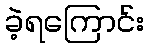
ခဲ့ရကြောင်း